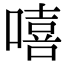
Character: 嘻